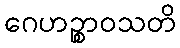
ဂေဟဉ္စာဝသတိ